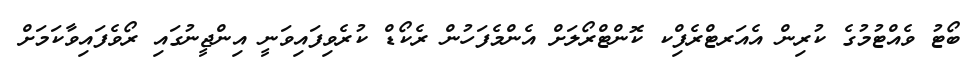
ބޯޓު ވެއްޓުމުގެ ކުރިން އެއަރޓްރެފިްކ ކޮންޓްރޯލަށް އެންމެފަހުން ރެކޯޑް ކުރެވިފައިވަނީ އިންޖީނުގައި ރޯވެފައިވާކަމަށް